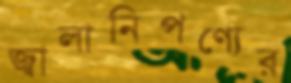
জ্বালানিপণ্যের